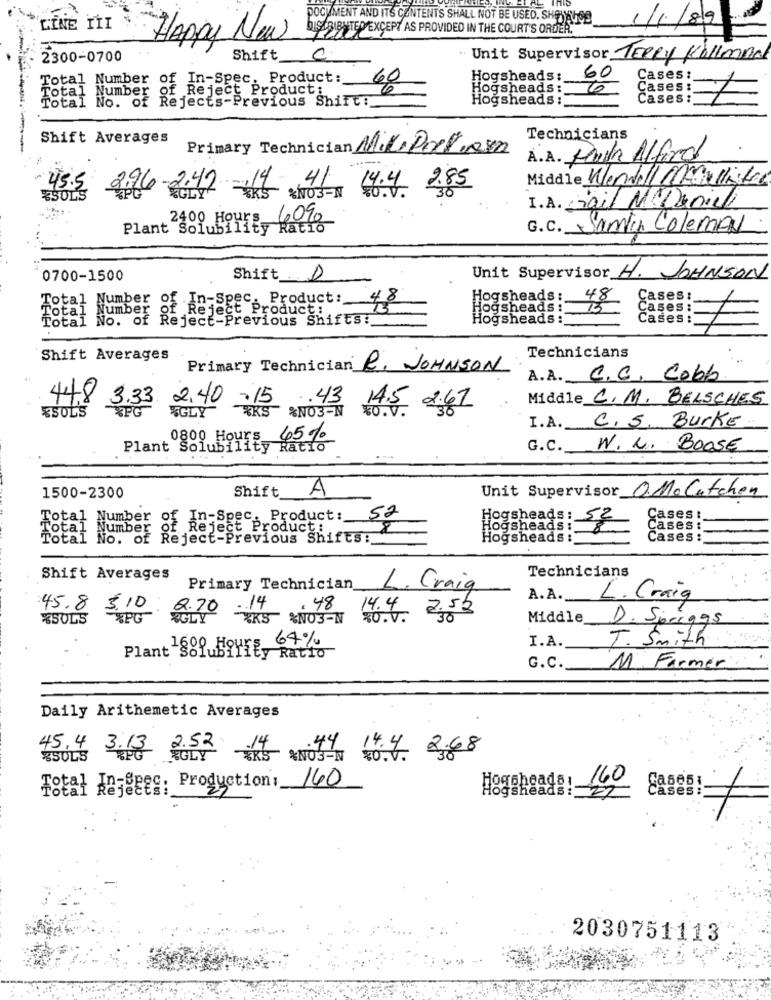
DOCUMENT AND ITS CONTENTS SHALL NOT BE USED. SHEYELSE
1/89
LINE TİI
SCRIBETED EXCEPT AS PROVIDED IN THE COURT'S ORDER."
Happy New
2300-0700
Shift
0
" Unit Supervisor TERRY Kollmnd
Total Number of In-Spec. Product:
Hogsheads :_
60
Cases :
Total Number of Reject Product:
60
Hogsheads :_
Cases :
Total No. of Rejects-Previous Shift:
Hogsheads :
Cases:
Shift Averages
Technicians
Primary Technician Mili Portiesen
A.A. Paula Alferd
41
Middle Wendell MCallister
45.5
.42
14.4 2.85
*SOLS
%NO3-N
I.A. mail N Daniele
2400 Hours
6090
Plant Solubility Ratio
G.C. Samty Colemen
0700-1500
Shift 0
Unit Supervisor H. JOHNSON
Total Number of In-Spec. Product: 4.8
Hogsheads:
48
Cases:
Total
Number of Reject Product:
Hogsheads :
15
Cases:
Total No. of Reject-Previous Shifts:
Hogsheads:
Cases:
7
Shift Averages
Technicians
Primary Technician R. JOHNSON
A.A. C.C. Cobb
448 3.33
2,40 -15
43
Middle C. M. BELSCHES
*SOLS
*PG
*KS %NO3-N
14.5 2.67
%GLY
C. 5. Burke
I.A.
0800 Hours
45%
Plant Solubility
Ratio
G.C. W. N. BOOSE
Shift
A
Unit Supervisor OMoCatchen
1500-2300
Total Number of In-Spec. Product:
52
Hogsheads :
Cases :
Total Number of Reject Product:
Hogsheads:
Cases :
Total No. of Reject-Previous Shifts:
Hogsheads:'
Cases :
Shift Averages
Technicians
Primary Technician
L. Craig
A.A ._
L. Craig
45.8 3.10
2.70.14
.48
14.4 2.53
*SOLS
*PG %GLY
7KS %NO3-N
Middle
D. Springs
: 64%
I.A.
T. Smith
Plant Solubility Ratio
G.C.
M Farmer
Daily Arithemetic Averages
2.52
14
.44
45,4 3.13
ESULS
SGLY
%NOS-N
14.4 268
140
160
Casesi
Total Anges; Production:
Hoggheads !.
Cases :
Hogsheads: 22
2030751113